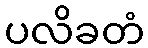
ပလိခတံ